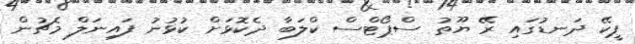
ޕީކޭ ދަނޑުގައި ރޭ ޔޫތު ސްޕޯޓްސް ކްލަބާ ދެކޮޅަށް ކުޅުނު ފައިނަލް މެޗުން